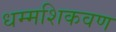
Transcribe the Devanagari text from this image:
धम्मशिकवण